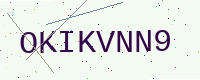
Text: OKIKVNN9